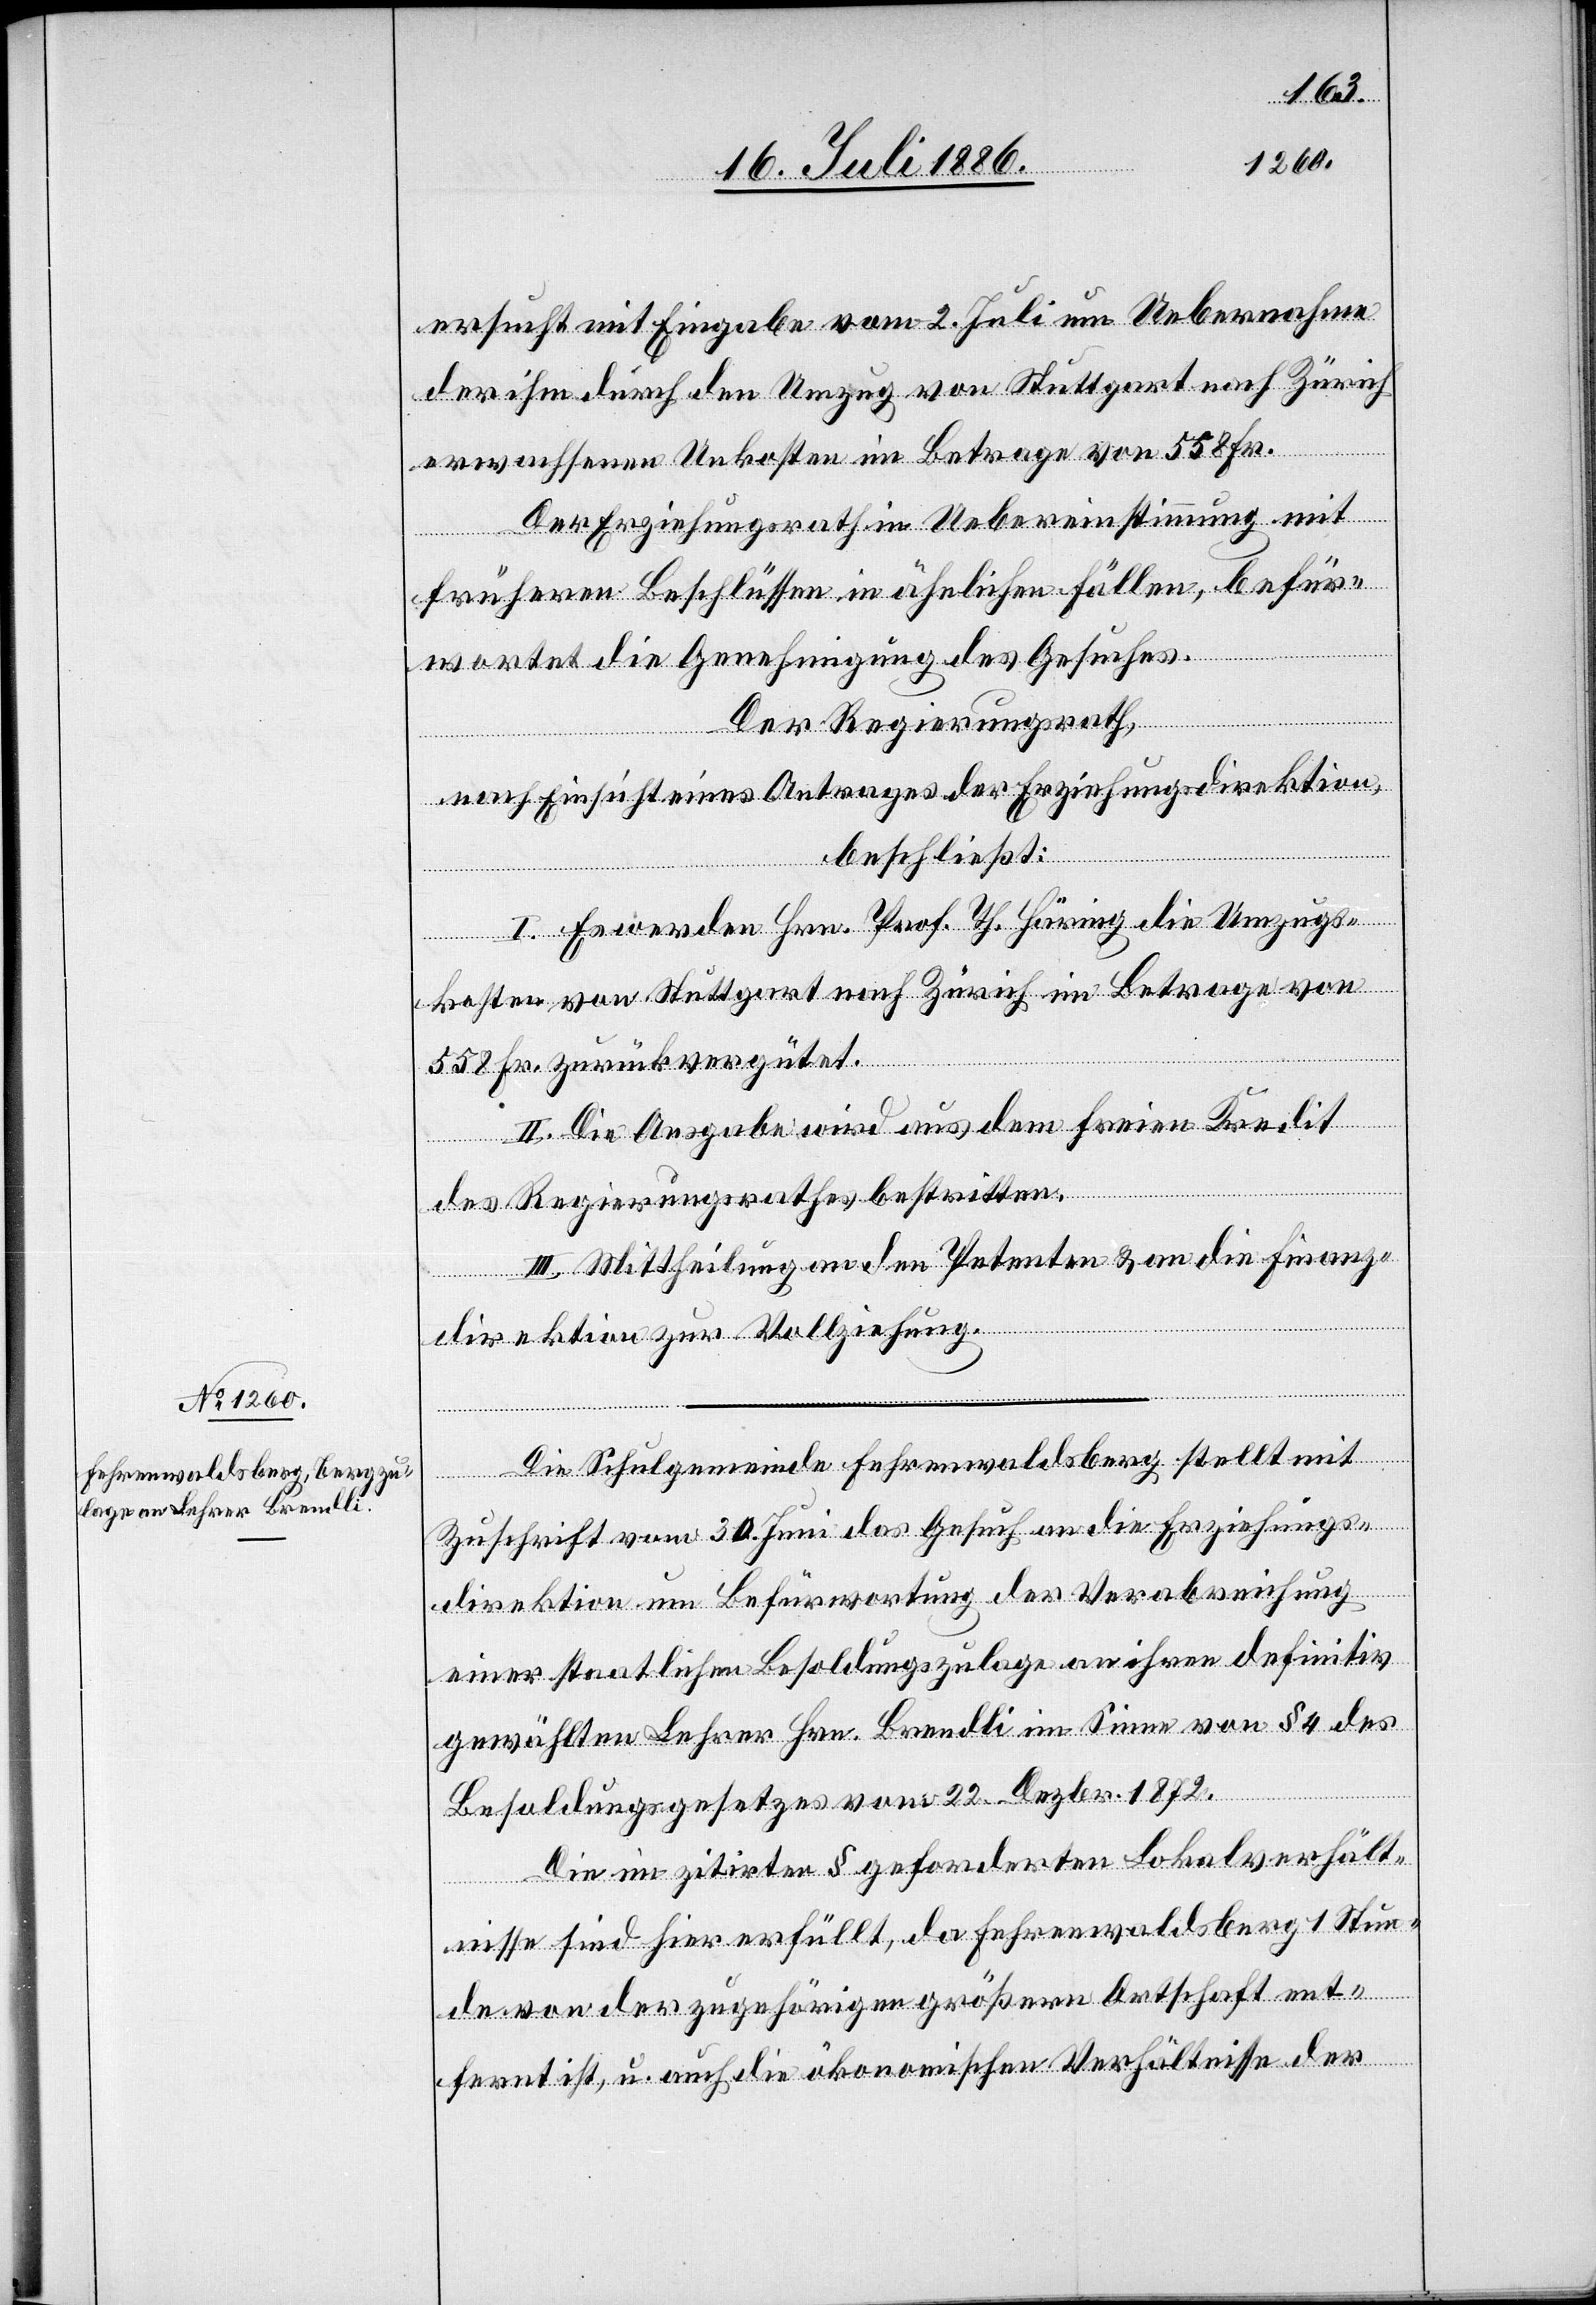
ersucht mit Eingabe vom 2. Juli um Uebernahme
der ihm durch den Umzug von Stuttgart nach Zürich
erwachsenen Unkosten im Betrage von 558 Fr.
Der Erziehungsrath in Uebereinstimmung mit
früheren Beschlüssen in ähnlichen Fällen, befür¬
wortet die Genehmigung des Gesuches.
Der Regierungsrath,
nach Einsicht eines Antrages der Erziehungsdirektion,
beschließt:
I. Es werden Hrn. Prof. Th. Häring die Umzugs¬
kosten von Stuttgart nach Zürich im Betrage von
558 Fr. zurückvergütet.
II. Die Ausgabe wird aus dem freien Kredit
des Regierungsrathes bestritten.
III. Mittheilung an den Petenten & an die Finanz¬
direktion zur Vollziehung.
Die Schulgemeinde Fehrenwaldsberg stellt mit
Zuschrift vom 30. Juni das Gesuch an die Erziehungs¬
direktion um Befürwortung der Verabreichung
einer staatlichen Besoldungszulage an ihren definitiv
gewählten Lehrer Hrn. Brendli im Sinne von § 4 des
Besoldungsgesetzes vom 22. Dezbr. 1872.
Die im zitirten § geforderten Lokalverhält¬
nisse sind hier erfüllt, da Fehrenwaldsberg 1 Stun¬
de von der zugehörigen größern Ortschaft ent¬
fernt ist, u. auch die ökonomischen Verhältnisse der